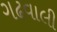
ગઢવાલી